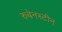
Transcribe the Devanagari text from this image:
रुबेनस्टीन